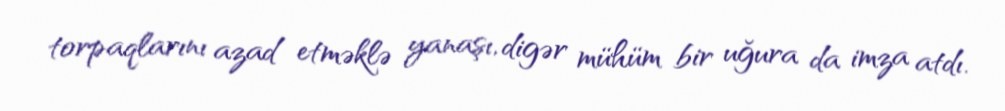
torpaqlarını azad etməklə yanaşı, digər mühüm bir uğura da imza atdı.